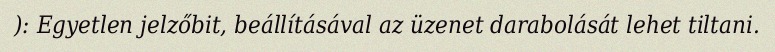
): Egyetlen jelzőbit, beállításával az üzenet darabolását lehet tiltani.